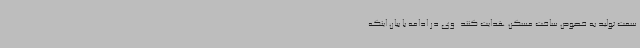
سمت تولید به خصوص ساخت مسکن هدایت کنند. وی در ادامه با بیان اینکه